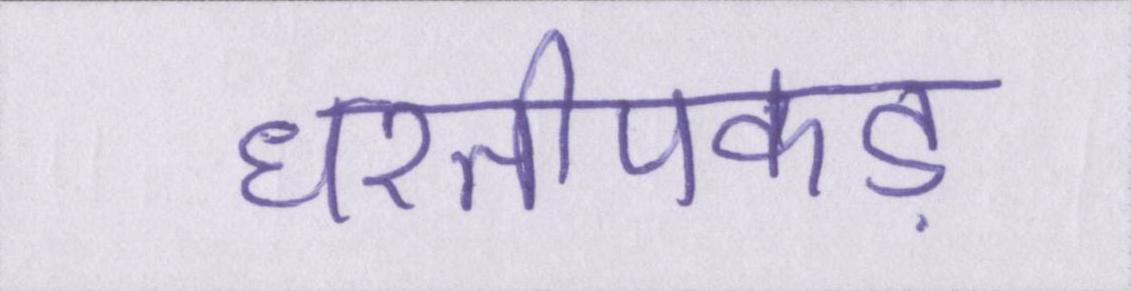
धरतीपकड़